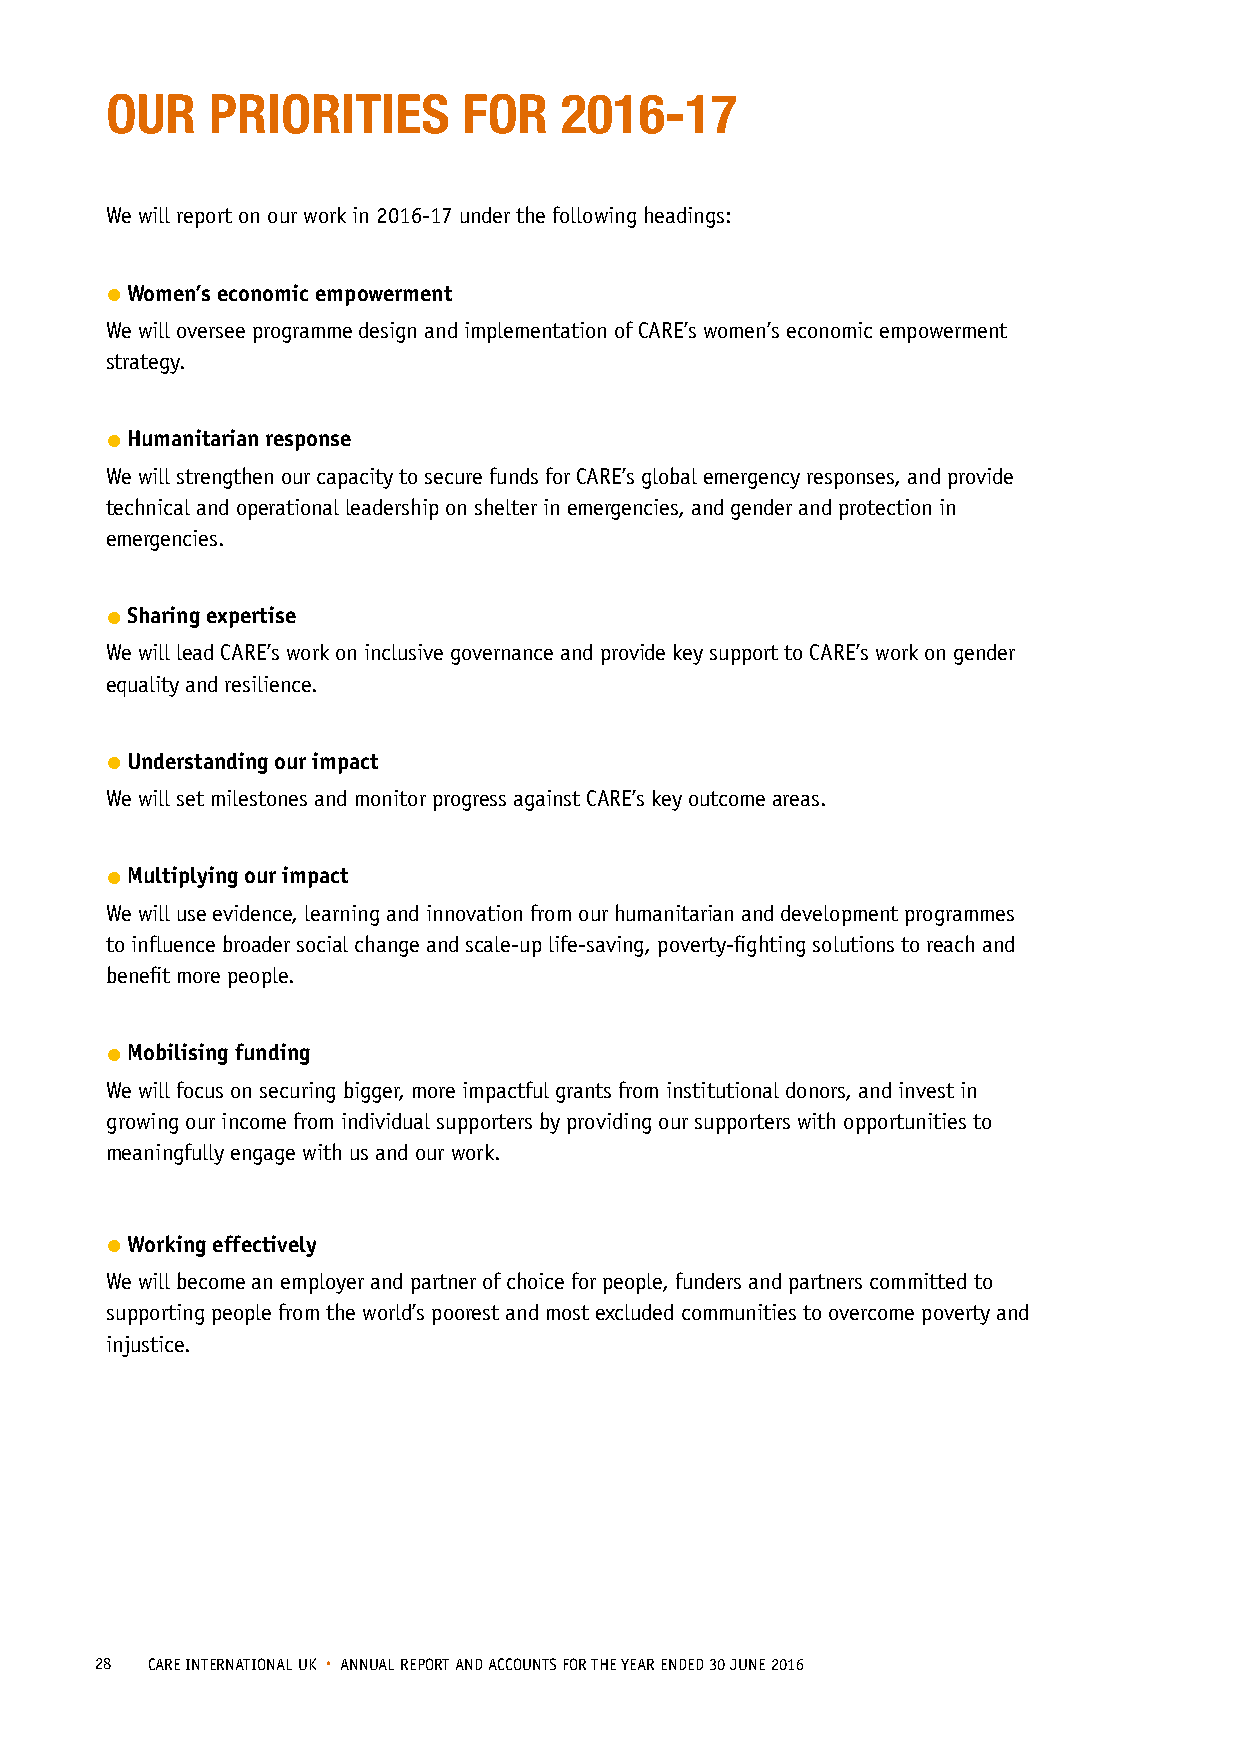
OUR    PRIORITIES       FOR   2016-17
 We will report on our work in 2016-17 under the following headings:
 • Women’s economic empowerment
 We will oversee programme design and implementation of CARE’s women’s economic empowerment
 strategy.
 • Humanitarian response
 We will strengthen our capacity to secure funds for CARE’s global emergency responses, and provide
 technical and operational leadership on shelter in emergencies, and gender and protection in
 emergencies.
 • Sharing expertise
 We will lead CARE’s work on inclusive governance and provide key support to CARE’s work on gender
 equality and resilience.
 • Understanding our impact
 We will set milestones and monitor progress against CARE’s key outcome areas.
 • Multiplying our impact
 We will use evidence, learning and innovation from our humanitarian and development programmes
 to influence broader social change and scale-up life-saving, poverty-fighting solutions to reach and
 benefit more people.
 • Mobilising funding
 We will focus on securing bigger, more impactful grants from institutional donors, and invest in
 growing our income from individual supporters by providing our supporters with opportunities to
 meaningfully engage with us and our work.
 • Working effectively
 We will become an employer and partner of choice for people, funders and partners committed to
 supporting people from the world’s poorest and most excluded communities to overcome poverty and
 injustice.
 28  CARE INTERNATIONAL UK • ANNUAL REPORT AND ACCOUNTS FOR THE YEAR ENDED 30 JUNE 2016